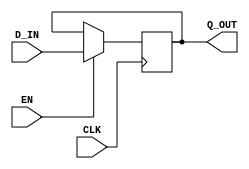

// Copyright (c) 2000-2009 Bluespec, Inc.

// Permission is hereby granted, free of charge, to any person obtaining a copy
// of this software and associated documentation files (the "Software"), to deal
// in the Software without restriction, including without limitation the rights
// to use, copy, modify, merge, publish, distribute, sublicense, and/or sell
// copies of the Software, and to permit persons to whom the Software is
// furnished to do so, subject to the following conditions:

// The above copyright notice and this permission notice shall be included in
// all copies or substantial portions of the Software.

// THE SOFTWARE IS PROVIDED "AS IS", WITHOUT WARRANTY OF ANY KIND, EXPRESS OR
// IMPLIED, INCLUDING BUT NOT LIMITED TO THE WARRANTIES OF MERCHANTABILITY,
// FITNESS FOR A PARTICULAR PURPOSE AND NONINFRINGEMENT. IN NO EVENT SHALL THE
// AUTHORS OR COPYRIGHT HOLDERS BE LIABLE FOR ANY CLAIM, DAMAGES OR OTHER
// LIABILITY, WHETHER IN AN ACTION OF CONTRACT, TORT OR OTHERWISE, ARISING FROM,
// OUT OF OR IN CONNECTION WITH THE SOFTWARE OR THE USE OR OTHER DEALINGS IN
// THE SOFTWARE.
//
// $Revision: 24080 $
// $Date: 2011-05-18 19:32:52 +0000 (Wed, 18 May 2011) $

`ifdef BSV_ASSIGNMENT_DELAY
`else
`define BSV_ASSIGNMENT_DELAY
`endif


// Basic register without reset.
module ConfigRegUN(CLK, EN, D_IN, Q_OUT);
   parameter width = 1;

   input     CLK;
   input     EN;
   input [width - 1 : 0] D_IN;

   output [width - 1 : 0] Q_OUT;
   reg [width - 1 : 0]    Q_OUT;

`ifdef BSV_NO_INITIAL_BLOCKS
`else // not BSV_NO_INITIAL_BLOCKS
   // synopsys translate_off
   initial begin
      Q_OUT = {((width + 1)/2){2'b10}} ;
   end
   // synopsys translate_on
`endif // BSV_NO_INITIAL_BLOCKS

   
   always@(posedge CLK)
     begin
        if (EN)
          Q_OUT <= `BSV_ASSIGNMENT_DELAY D_IN;
     end
endmodule